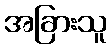
အခြားသူ